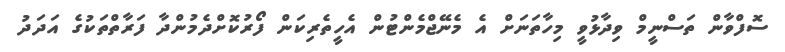
ސޮފްވާން ތަސްނީމް ވިދާޅުވީ މިހާތަނަށް އެ މެނޭޖްމެންޓުން އެހީތެރިކަން ފޯރުކޮށްދެމުންދާ ފަރާތްތަކުގެ އަދަދު